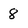
Character: 8